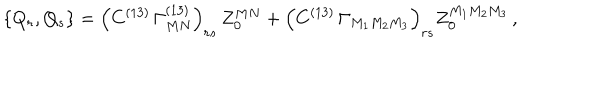
\left\{ Q _ { r } , Q _ { s } \right\} = \left( C ^ { ( 1 3 ) } \, \Gamma _ { M N } ^ { ( 1 3 ) } \right) _ { r s } \, Z _ { \bf 0 } ^ { M N } + \left( C ^ { ( 1 3 ) } \, \Gamma _ { M _ { 1 } M _ { 2 } M _ { 3 } } \right) _ { r s } Z _ { \bf 0 } ^ { M _ { 1 } M _ { 2 } M _ { 3 } } \, ,